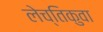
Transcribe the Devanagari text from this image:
लेच्तिकुवा